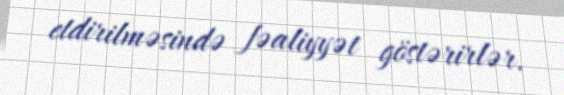
etdirilməsində fəaliyyət göstərirlər.